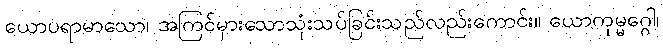
ယောပရာမာသော၊ အကြင်မှားသောသုံးသပ်ခြင်းသည်လည်းကောင်း။ ယောကုမ္မဂ္ဂေါ၊